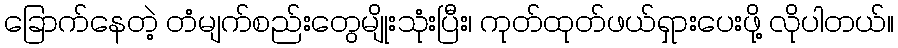
ခြောက်နေတဲ့ တံမျက်စည်းတွေမျိုးသုံးပြီး၊ ကုတ်ထုတ်ဖယ်ရှားပေးဖို့ လိုပါတယ်။